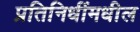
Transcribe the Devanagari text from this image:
प्रतिनिधींमधील